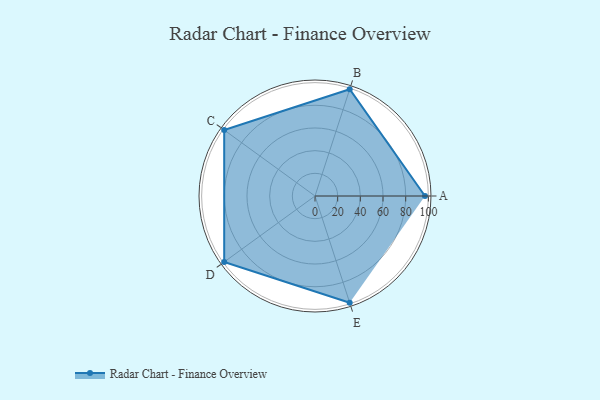
{"axis": {"x": "Skill", "y": "Score"}, "legend": ["Profile"], "data": [{"x": "A", "y": 97.0, "type": "Profile"}, {"x": "B", "y": 99, "type": "Profile"}, {"x": "C", "y": 99, "type": "Profile"}, {"x": "D", "y": 99, "type": "Profile"}, {"x": "E", "y": 99, "type": "Profile"}]}